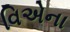
વિએના